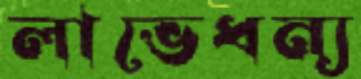
লাভেধন্য